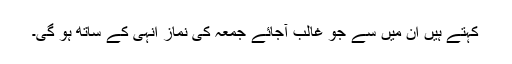
کہتے ہیں ان میں سے جو غالب آجائے جمعہ کی نماز انہی کے ساتھ ہو گی۔